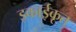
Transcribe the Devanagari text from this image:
इकाईकृत